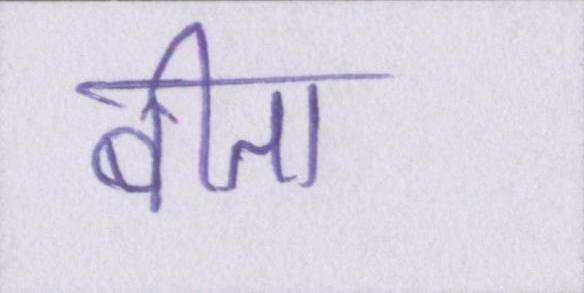
बीता